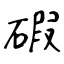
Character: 碬